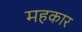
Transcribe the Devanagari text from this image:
महकार